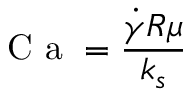
\mathrm { ~ C ~ a ~ } = \frac { \dot { \gamma } R \mu } { k _ { s } }